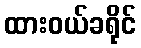
ထားဝယ်ခရိုင်